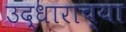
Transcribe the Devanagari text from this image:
उद्धाराच्या